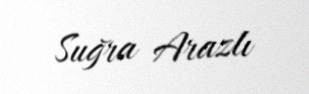
Suğra Arazlı